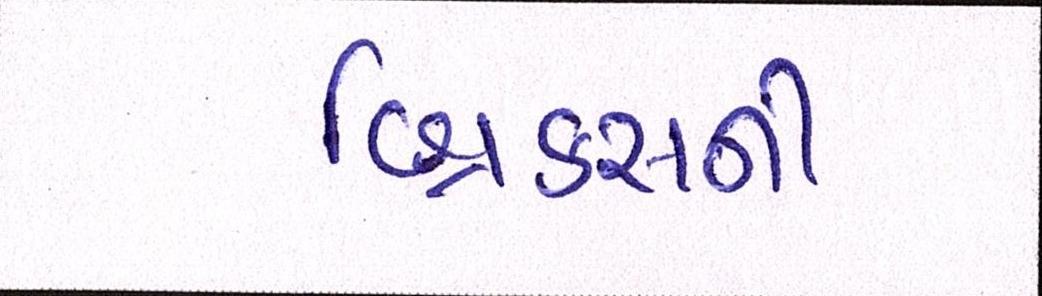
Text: બિ્રક્સની